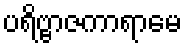
ပရိဗ္ဗာဇကာရာမေ